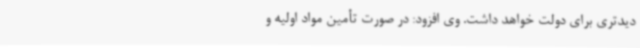
دیدتری برای دولت خواهد داشت. وی افزود: در صورت تأمین مواد اولیه و